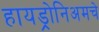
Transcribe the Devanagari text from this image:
हायड्रोनिअमचे